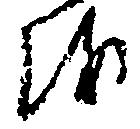
を